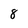
Character: 8